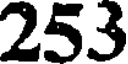
253